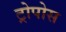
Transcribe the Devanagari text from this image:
ट्रोपोस